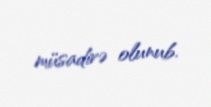
müsadirə olunub.